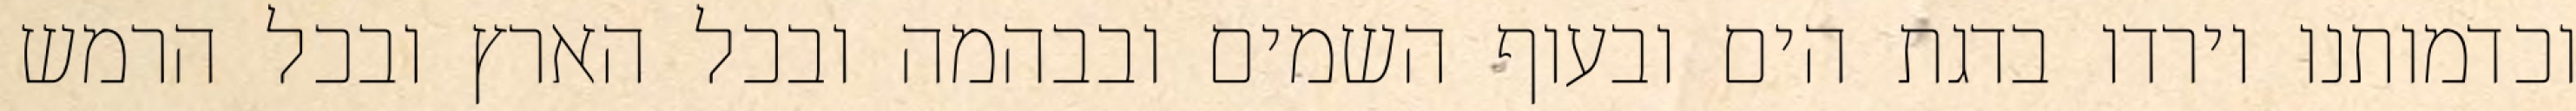
וכדמותנו וירדו בדגת הים ובעוף השמים ובבהמה ובכל הארץ ובכל הרמש